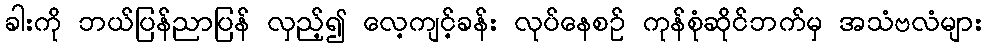
ခါးကို ဘယ်ပြန်ညာပြန် လှည့်၍ လေ့ကျင့်ခန်း လုပ်နေစဉ် ကုန်စုံဆိုင်ဘက်မှ အသံဗလံများ